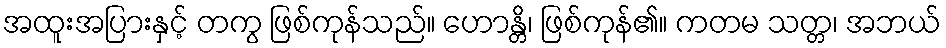
အထူးအပြားနှင့် တကွ ဖြစ်ကုန်သည်။ ဟောန္တိ၊ ဖြစ်ကုန်၏။ ကတမ သတ္တ၊ အဘယ်